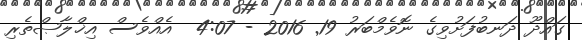
ގައްދޫ ދަނބުފަށުވިގެ ނޮވެމްބަރު 19